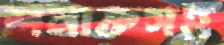
শনাক্তসহ